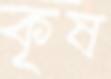
কৃষ